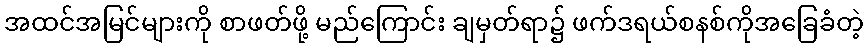
အထင်အမြင်များကို စာဖတ်ဖို့ မည်ကြောင်း ချမှတ်ရာ၌ ဖက်ဒရယ်စနစ်ကိုအခြေခံတဲ့